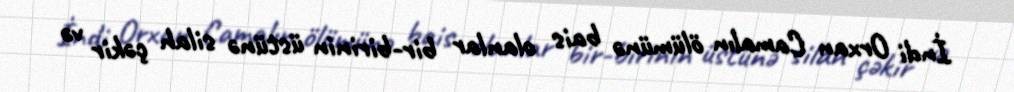
İndi Orxan Camalın ölümünə bais olanlar bir-birinin üstünə silah çəkir və